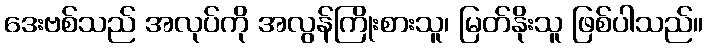
ဒေးဗစ်သည် အလုပ်ကို အလွန်ကြိုးစားသူ၊ မြတ်နိုးသူ ဖြစ်ပါသည်။